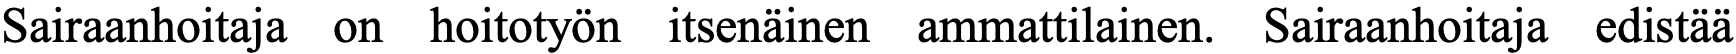
Sairaanhoitaja on hoitotyön itsenäinen ammattilainen. Sairaanhoitaja edistää